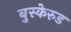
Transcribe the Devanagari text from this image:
बुस्केरुड